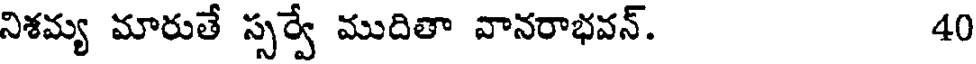
నిశమ్య మారుతే స్సర్వే ముదితా వానరాభవన్. 40